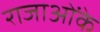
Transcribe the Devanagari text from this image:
राजाओंके